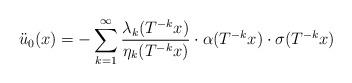
LaTeX: \begin{align*}\ddot u_0(x)=-\sum_{k=1}\sp \infty\frac{\lambda_k(T\sp{-k}x)}{\eta_k(T\sp{-k}x)}\cdot\alpha(T\sp{-k}x)\cdot\sigma(T\sp{-k}x)\end{align*}